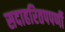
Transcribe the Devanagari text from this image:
सदाहरितपपर्णी